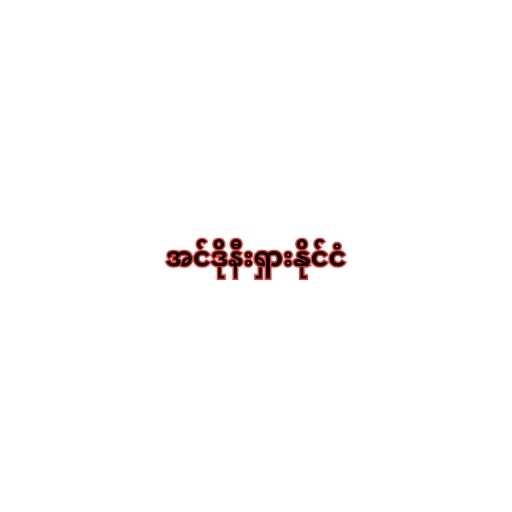
အင်ဒိုနီးရှားနိုင်ငံ